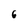
Character: 6